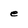
Character: e